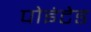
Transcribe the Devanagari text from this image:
पोइंटेड